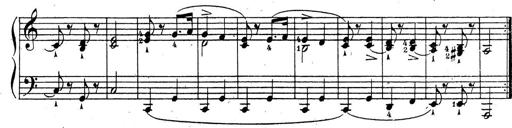
Title: 10 Sonatinas
Composer: Fritz Spindler